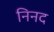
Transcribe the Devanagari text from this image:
निनद